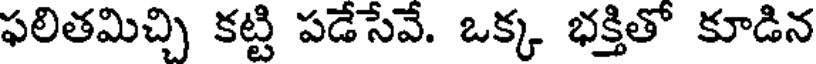
ఫలితమిచ్చి కట్టి పడేసేవే. ఒక్క భక్తితో కూడిన